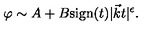
\varphi \sim A + B \mathrm { s i g n } ( t ) | \vec { k } t | ^ { \epsilon } .